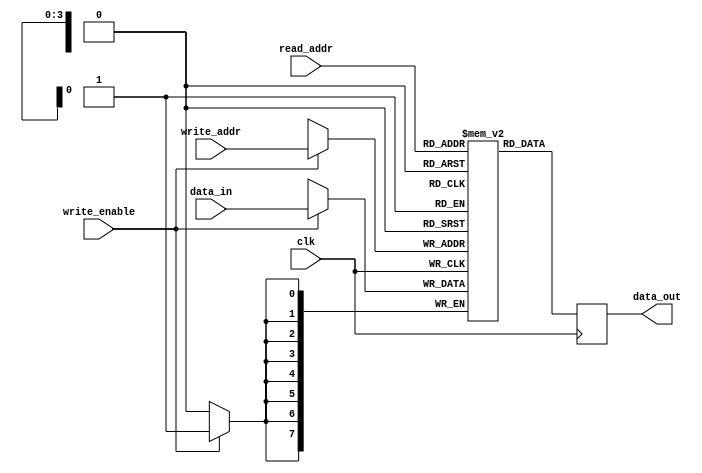
module register_file (
    input wire clk,
    input wire [3:0] write_addr,
    input wire [3:0] read_addr,
    input wire write_enable,
    input wire [7:0] data_in,
    output reg [7:0] data_out
);

reg [7:0] registers [0:15];  // 16 registers, each with 8-bit width

always @ (posedge clk) begin
    if (write_enable) begin
        registers[write_addr] <= data_in;
    end
    data_out <= registers[read_addr];
end

endmodule